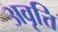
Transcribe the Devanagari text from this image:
अवृत्ति